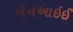
એનઆઇઈ